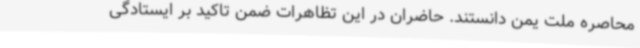
محاصره ملت یمن دانستند. حاضران در این تظاهرات ضمن تاکید بر ایستادگی